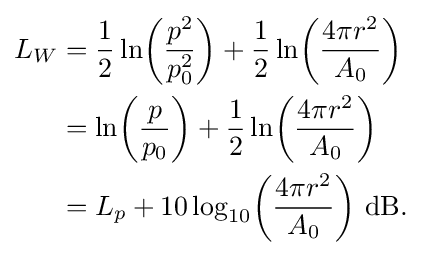
{\begin{aligned}L_{W}&={\frac {1}{2}}\ln \!\left({\frac {p^{2}}{p_{0}^{2}}}\right)+{\frac {1}{2}}\ln \!\left({\frac {4\pi r^{2}}{A_{0}}}\right)\\&=\ln \!\left({\frac {p}{p_{0}}}\right)+{\frac {1}{2}}\ln \!\left({\frac {4\pi r^{2}}{A_{0}}}\right)\\&=L_{p}+10\log _{10}\!\left({\frac {4\pi r^{2}}{A_{0}}}\right)\!~\mathrm {dB} .\end{aligned}}